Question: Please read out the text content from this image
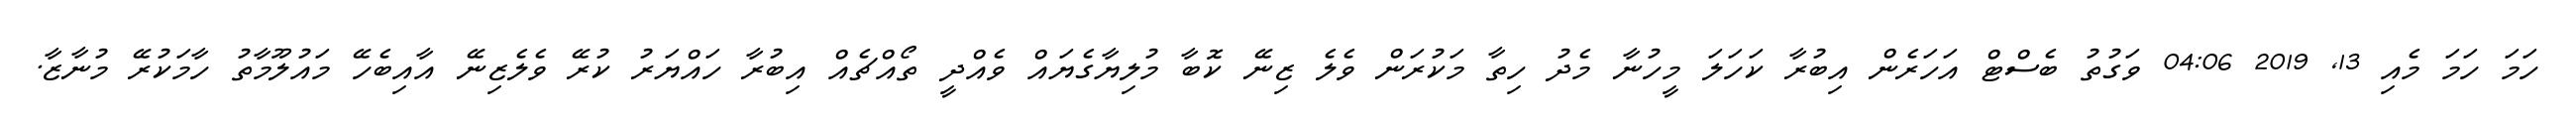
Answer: ހަމަ ހަމަ މެއި 13, 2019 04:06 ވަގުތު ބެސްޓް އަހަރެން އިބުރާ ކަހަލަ މީހުނާ މެދު ހިތާ މަކުރަން ވެލެ ޒިނޭ ކޮބާ މުލިޔާގެޔައް ވެއްދީ ތޯއްޗެއް އިބުރާ ހައްޔަރު ކުރޭ ވެލެޒިނޭ އާއިބެހޭ މައުލޫމާތު ހާމަކުރޭ މުނާޒާ.